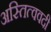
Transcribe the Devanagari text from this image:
अस्तित्ववदी